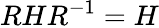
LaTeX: RHR^{-1}=H